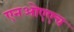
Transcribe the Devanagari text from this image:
एनओएएच